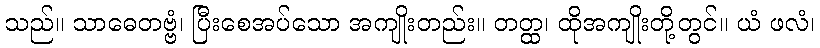
သည်။ သာဓေတဗ္ဗံ၊ ပြီးစေအပ်သော အကျိုးတည်း။ တတ္ထ၊ ထိုအကျိုးတို့တွင်။ ယံ ဖလံ၊